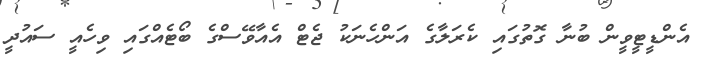
އެންޑީޓީވީން ބުނާ ގޮތުގައި ކެރަލާގެ އަންހެނަކު ޖެޓް އެއާވޭސްގެ ބޯޓެއްގައި ވިހެއީ ސައުދީ